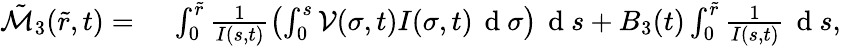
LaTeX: \begin{array}{rl}{\tilde{\mathcal{M}}_{3}(\tilde{r},t)=}&{{}\; \int_{0}^{\tilde{r}}\frac{1}{I(s,t)}\left(\int_{0}^{s}\mathcal{V}(\sigma,t)I(\sigma,t)\, \mathrm{~d~}\sigma\right)\, \mathrm{~d~}s+B_{3}(t)\int_{0}^{\tilde{r}}\frac{1}{I(s,t)}\, \mathrm{~d~}s,}\end{array}